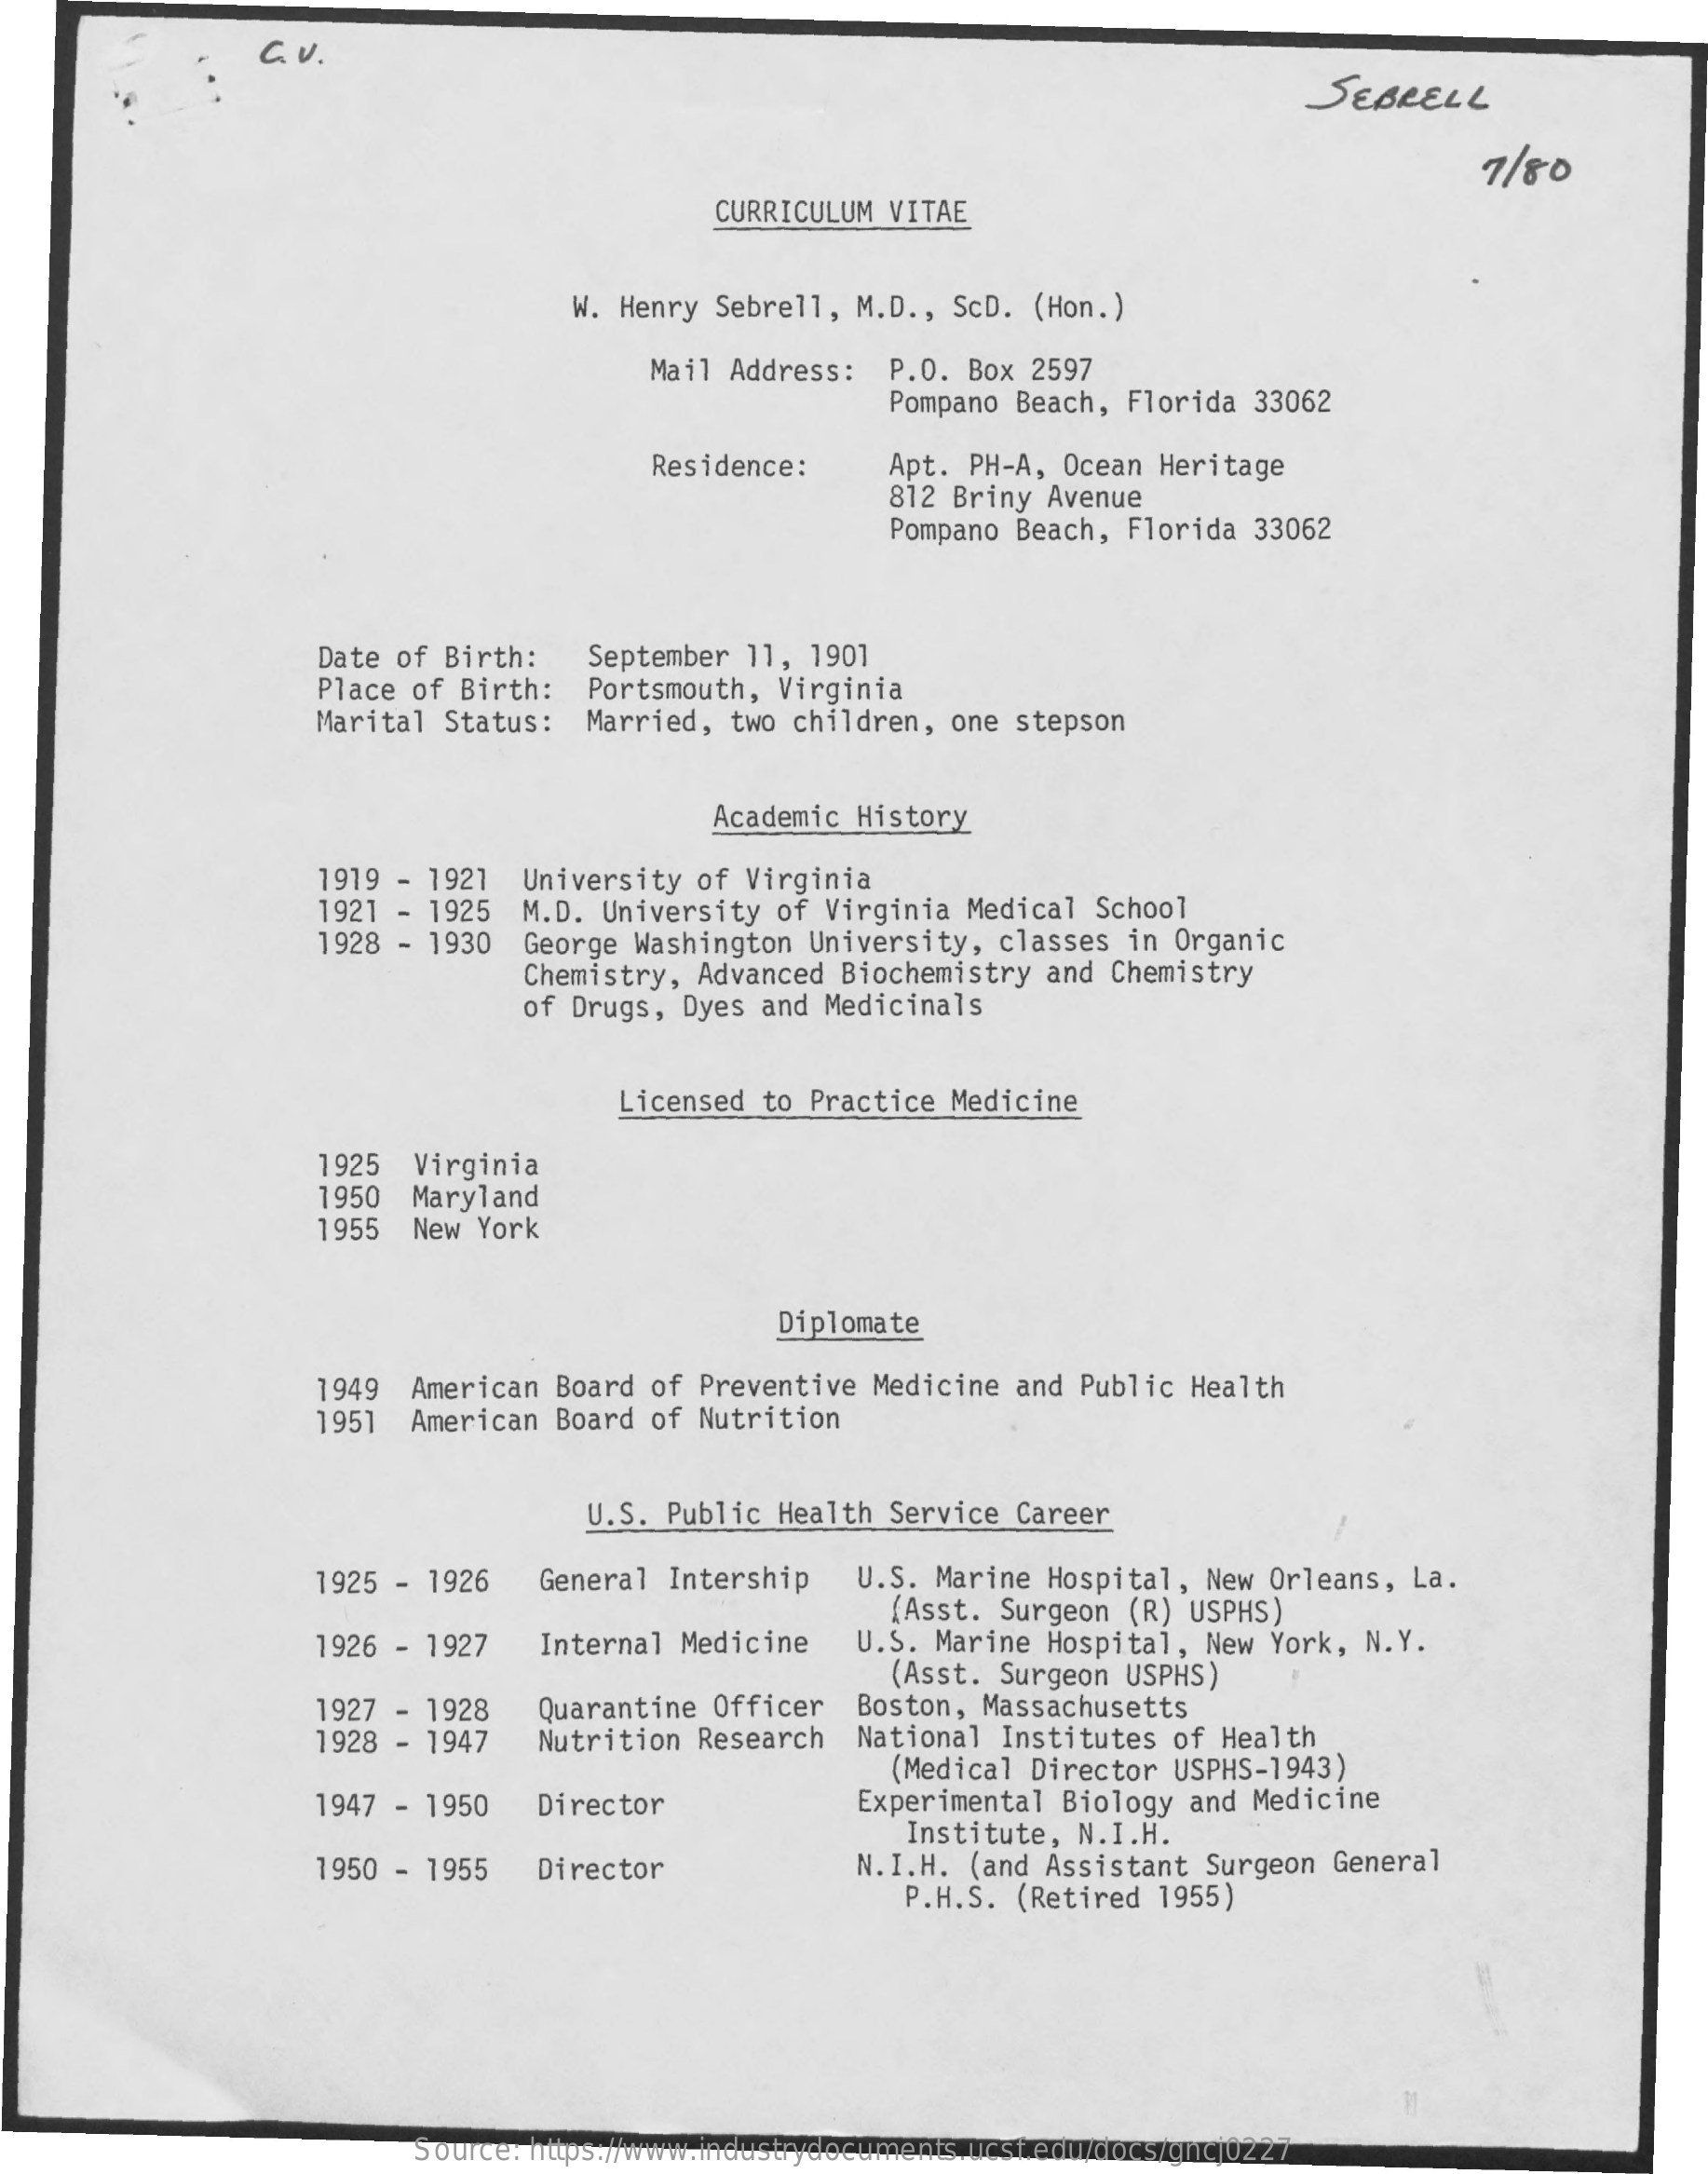
GU .
     SEBRELL
     7/80
     CURRICULUM  VITAE
     W. Henry Sebrell, M.D ., ScD. (Hon.)
     Mail Address:   P.O. Box 2597
     Pompano Beach,  Florida 33062
     Residence:    Apt. PH-A, Ocean  Heritage
     812 Briny Avenue
     Pompano Beach,  Florida 33062
     Date of Birth:    September 11, 1901
     Place of Birth:  Portsmouth,  Virginia
     Marital  Status:  Married,  two children,  one stepson
     Academic History
     1919 - 1921  University  of Virginia
     1921 - 1925  M.D. University  of Virginia  Medical  School
     1928 - 1930  George  Washington University,  classes  in Organic
     Chemistry,  Advanced  Biochemistry and Chemistry
     of Drugs,  Dyes and Medicinals
     Licensed to Practice  Medicine
     1925  Virginia
     1950  Maryland
     1955  New York
     Diplomate
     1949 American  Board  of Preventive Medicine  and  Public Health
     1951   American Board  of Nutrition
     U.S. Public Health  Service Career
     1925 - 1926    General Intership   U.S.  Marine Hospital,  New Orleans,  La.
     (Asst. Surgeon  (R) USPHS)
     1926 - 1927   Internal  Medicine    U.S. Marine Hospital,  New York,  N.Y.
     (Asst. Surgeon  USPHS)
     1927 - 1928   Quarantine  Officer   Boston, Massachusetts
     1928 - 1947   Nutrition  Research  National  Institutes  of Health
     (Medical Director  USPHS-1943)
     1947 - 1950    Director    Experimental Biology  and Medicine
     1950  - 1955
     Institute, N.I.H.
     Director    N.I.H. (and Assistant  Surgeon General
     P.H.S. (Retired  1955)
     Source: https://www.industrydocuments.ucsf.edu/docs/gncj0227